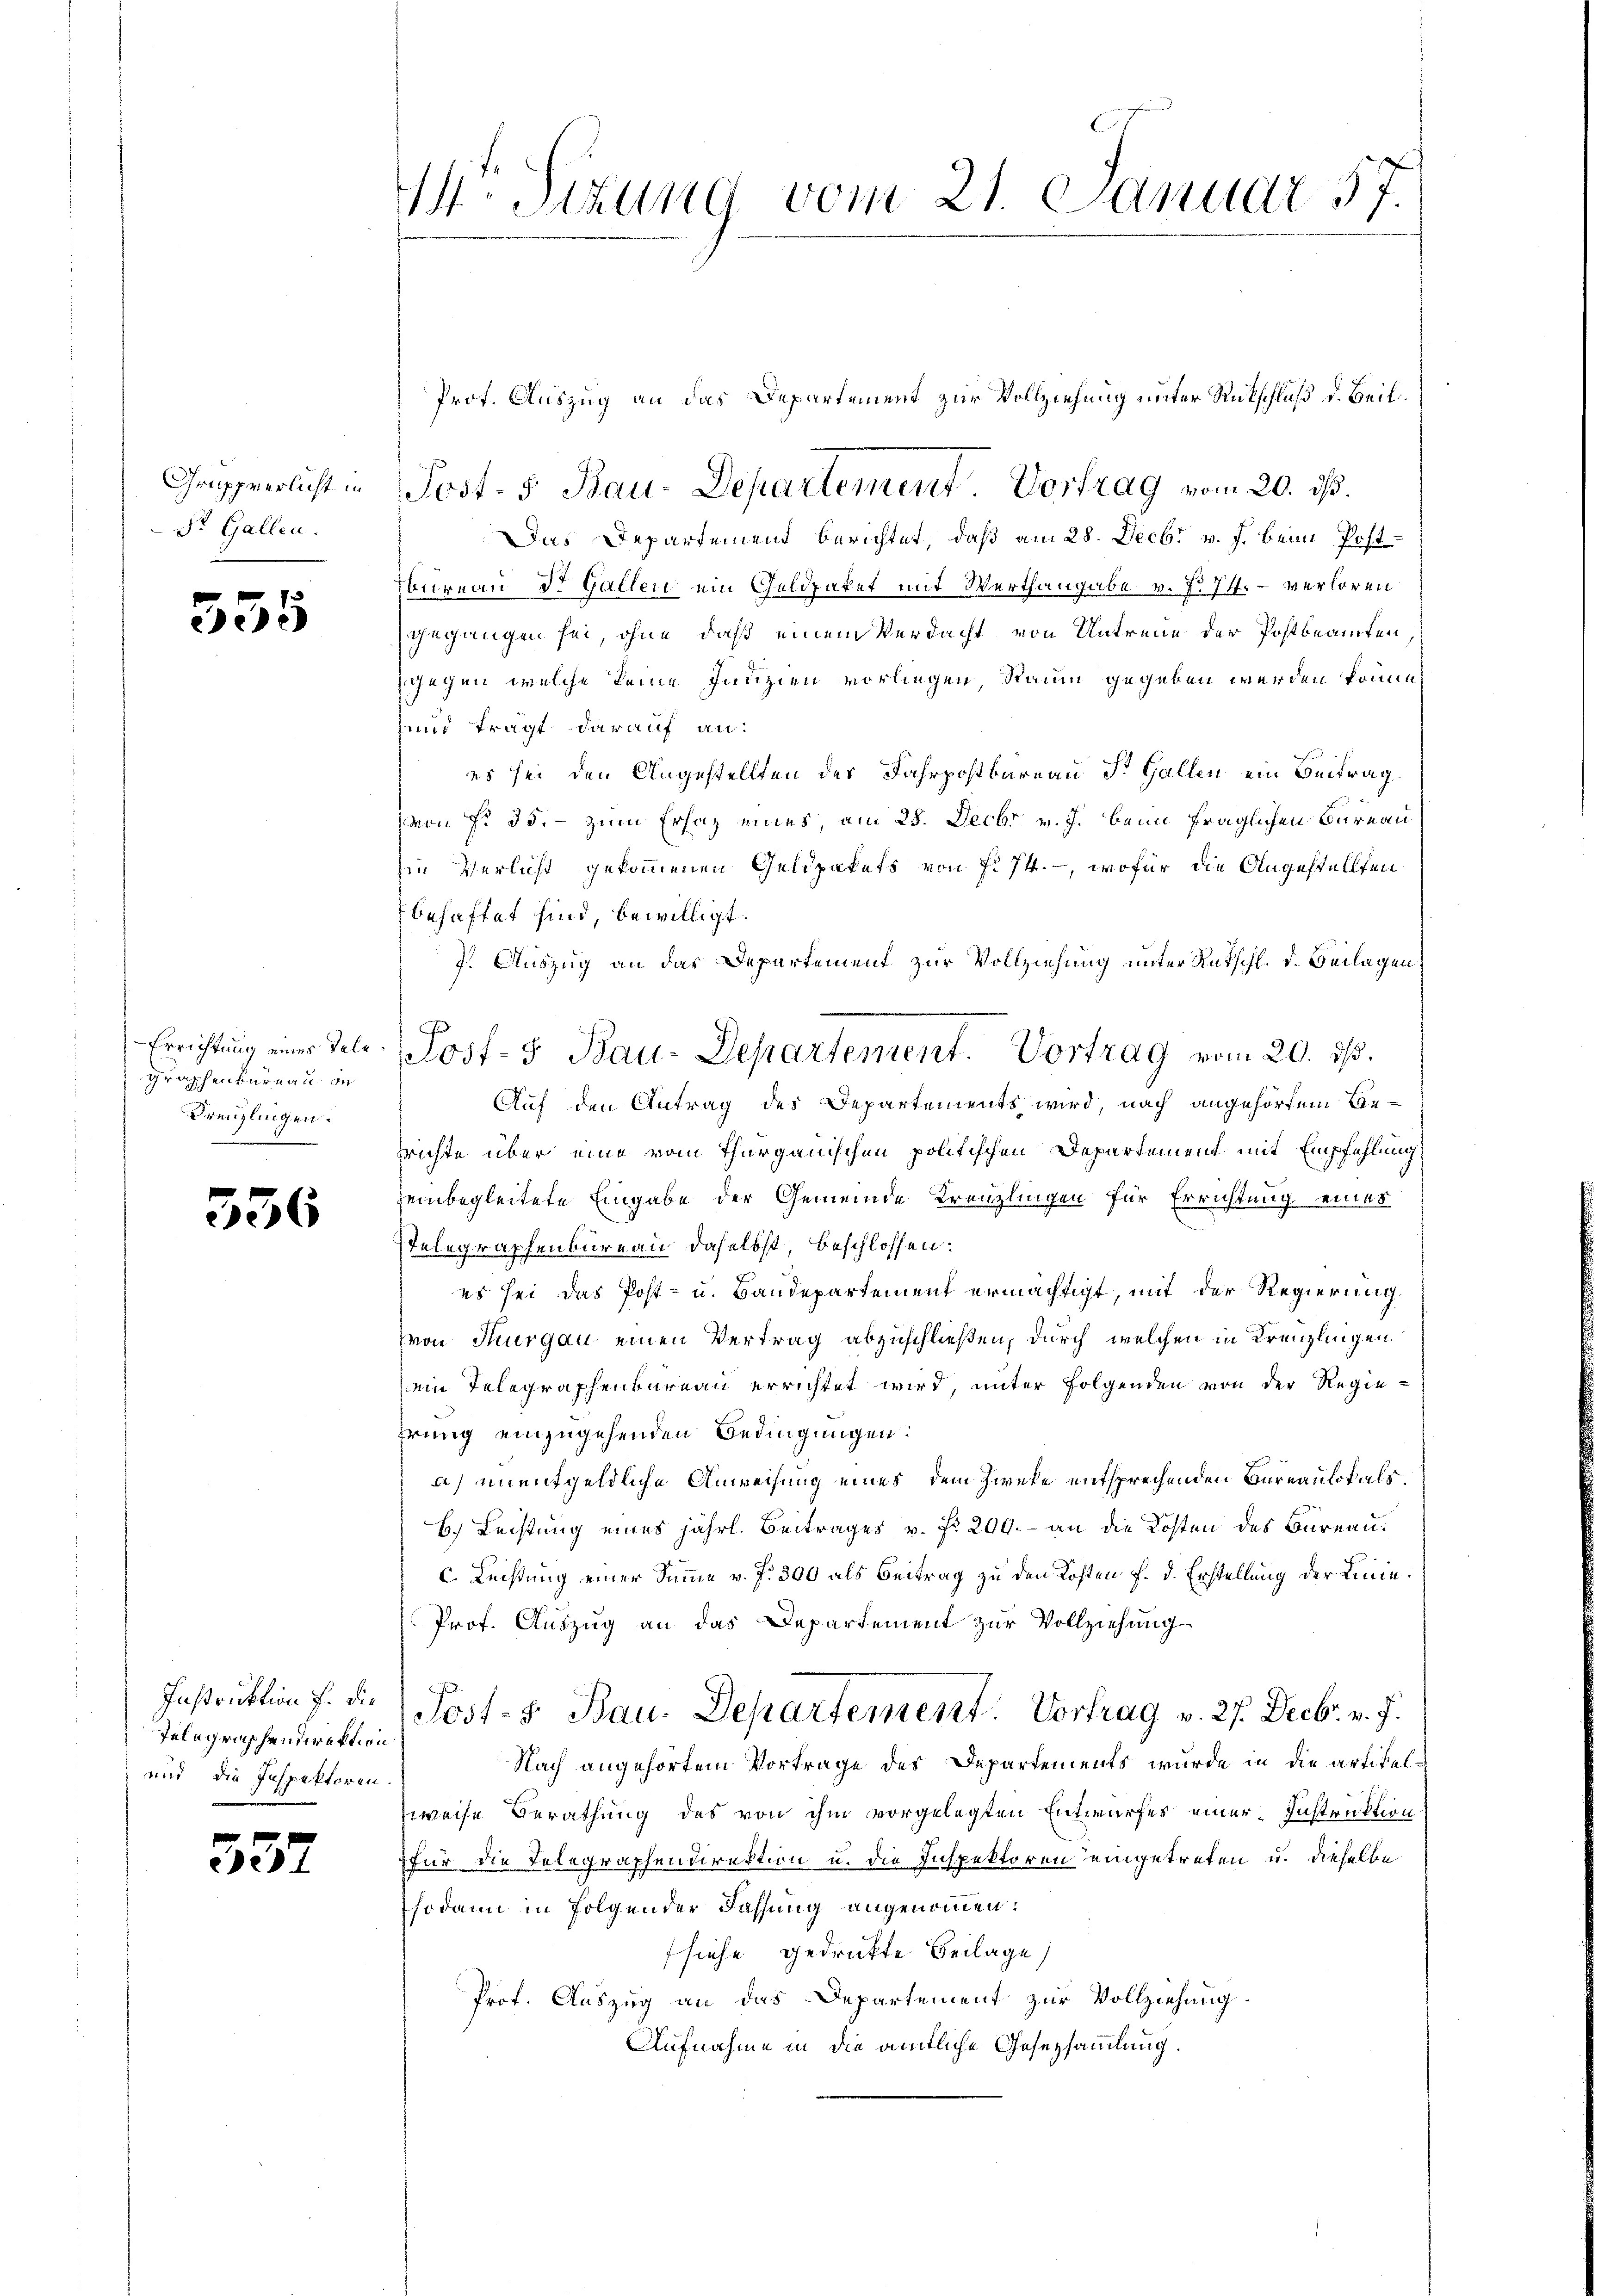
Gruppnerlicht in
S. Gallen.

335

graphenbureau in
Freilingen.

55

Telegraphendirektion
und die Inspektoren.

52

6

M. Sizung vom 21. Januar 57.

Prof. Auszug an das Departement zur Vollziehung unter Rückschluß d. Beil.
Post- 5. Bau-Departement Vortrag vom 20. ds.
Das Departement berichtet, daß am 28. Decbr v. J. beim Post
bureau Dr. Gallen ein Geldpaket mit Werthangabe v. No 74. - verloren
gegangen sei, ohne daß einem Verdacht von Untreue der Postbeamten
gegen welche keine Janzien vorliegen, Raum gegeben werden könne,
und trägt darauf an:
es sei den Angestellten des Fahrpostbareau St. Gallen ein Beitrag
von § 35. - zum Ersaz eines, am 28. Decbr v. J. beim fraglichen Bureau
zin Verlicht gekommenen Geldpakets von fl. 74. -, wofür die Angestellten
behaftet sind, bewilligt.
7. Auszug an das Departement zur Vollziehung unter Rutschl. d. Beilagen
Auf den Antrag des Departements wird, nach angehörten Besrichte über eine vom Thurgauischen politischen Departement mit Empfehlung
einbegleitete Eingabe der Gemeinde Kreuzlingen für Errichtung eines
stelegraphenbureau daselbst, beschlossen:
es sei das Post- u. Baudepartement ermächtigt, mit der Regierung
von Thurgau einen Vertrag abzuschließen, durch welchen in Kreuzlingen.
ein Telegraphenbureau errichtet wird, unter folgenden von der Regiehrung einzugehenden Bedingungen:
a) unentgeldliche Anweisung eines dem Zweke entsprechenden Bureaulokals.
H. Leistung eines jährl. Beitrages v. fr. 200. - an die Kosten des Bureau.
c. Leistung einer Sinne v. fr. 300 als Beitrag zu den Kosten f. d. Erstellung der Linie¬
Prof. Auszug an das Departement zur Vollziehung
Instruktion f. der Post- & Bau. Departement. Vortrag v. 27. Decbr. v. J.
Nach angehörtem Vortrage des Departements wurde in die artikelzweise Berathung des von ihm vorgelegten Entwurfes einer Instruktion
für die Telegraphendirektion u. die Inspektoren eingetreten u. dieselbe
sodann in Folgender Fassung angenommen:
siehe gedruckte Beilage
Prof. Auszug an das Departement zur Vollziehung.
Aufnahme in die amtliche Gesetzsammlung.

Errichtŭng einer Tele Post- & Bau-Departement. Vortrag vom 20. dβ.